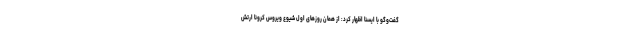
گفت‌وگو با ایسنا اظهار کرد: از همان روزهای اول شیوع ویروس کرونا ارتش